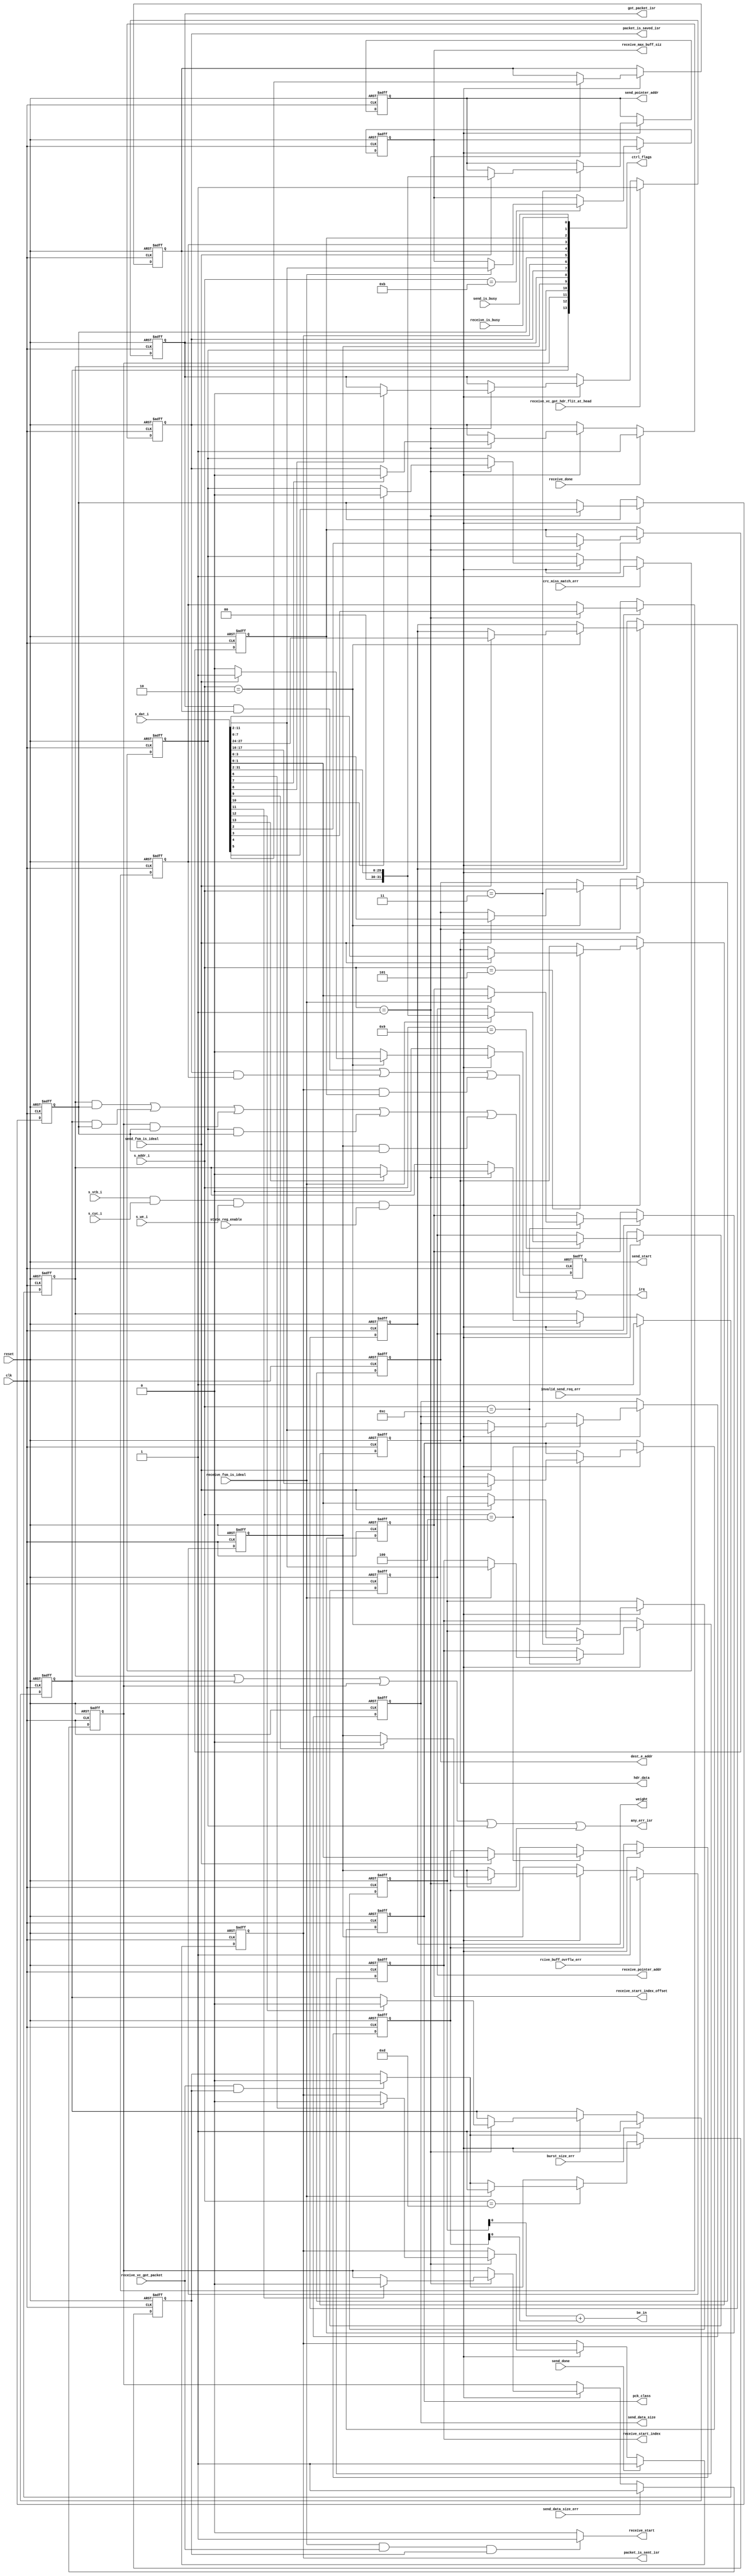
/**********************************************************************
**    
**	Copyright (C) 2014-2017  Alireza Monemi
**    
**	This file is part of ProNoC 
**
**	ProNoC ( stands for Prototype Network-on-chip)  is free software: 
**	you can redistribute it and/or modify it under the terms of the GNU
**	Lesser General Public License as published by the Free Software Foundation,
**	either version 2 of the License, or (at your option) any later version.
**
** 	ProNoC is distributed in the hope that it will be useful, but WITHOUT
** 	ANY WARRANTY; without even the implied warranty of MERCHANTABILITY
** 	or FITNESS FOR A PARTICULAR PURPOSE.  See the GNU Lesser General
** 	Public License for more details.
**
** 	You should have received a copy of the GNU Lesser General Public
** 	License along with ProNoC. If not, see <http:**www.gnu.org/licenses/>.
**
**
**	Description: 
**	NI internal register bank
**	
**
*******************************************************************/

// synthesis translate_off
`timescale 1ns / 1ps
// synthesis translate_on





 
module ni_vc_wb_slave_regs #(
    parameter MAX_TRANSACTION_WIDTH =10,      
    //NoC parameter
    parameter DEBUG_EN=1,
    parameter EAw=4,
    parameter C = 4,    //  number of flit class 
    parameter Fpay=32,
    parameter DSTPw=4,
    parameter WEIGHTw=4, 
    parameter BYTE_EN=0,
    parameter HDw = 8,  
    parameter CTRL_FLGw=14,
    //wishbones  bus  slave  port parameters
    parameter Dw            =   32,
    parameter S_Aw          =   4
 
 )( 
    state_reg_enable,
    send_fsm_is_ideal,
    receive_fsm_is_ideal,
    send_start,
    receive_start,
    receive_done,
    send_done,
    receive_vc_got_packet,
   
  
    send_pointer_addr, 
    be_in,
    receive_pointer_addr,
    receive_start_index,
    receive_start_index_offset,
    send_data_size,
    receive_max_buff_siz,    
    dest_e_addr,
    pck_class,
    weight,  
    hdr_data,
    
    burst_size_err,
    send_data_size_err,
    rcive_buff_ovrflw_err,
    crc_miss_match_err,
    invalid_send_req_err,  
    
    receive_vc_got_hdr_flit_at_head,
    receive_is_busy,
    send_is_busy,
    
    any_err_isr,
    got_packet_isr,
    packet_is_saved_isr,
    packet_is_sent_isr,
    
    irq,  
    ctrl_flags,
    
    s_dat_i,
    s_addr_i,  
    s_stb_i,
    s_cyc_i,
    s_we_i,
//synthesis translate_off
//synopsys  translate_off    
    current_e_addr,
//synopsys  translate_on 
//synthesis translate_on
     
    reset,
    clk  
 ); 
 
    function integer log2;
      input integer number; begin   
         log2=(number <=1) ? 1: 0;    
         while(2**log2<number) begin    
            log2=log2+1;    
         end       
      end   
    endfunction // log2  
    
 
    
  
  
/*
 s_dat_i : 
        [16:0] dest_e_addr,
        [23:16] class,
        [31:24] weight,   
*/
    localparam
        DST_X_LSB  =0,
        CLASS_LSB  =16,
        WEIGHT_LSB =24; 
        
            /*
                1  :   CTRL_FLAGS
                2  :   SEND_DEST_WB_ADDR           // The destination router address
                3  :   SEND_POINTER_WB_ADDR,       // The address of data to be sent in byte 
 Virtual        4  :   SEND_DATA_SIZE_WB_ADDR,     // The size of data to be sent in byte  
 chanel        5  :   SEND_HDR_DATA_WB_ADDR       //  The header data address
 number        
                8  :   RECEIVE_SRC_WB_ADDR       // The source router (the router which is sent this packet).
                9  :   RECEIVE_POINTER_WB_ADDR      // The address pointer of receiver memory in byte
                10 :   RECEIVE_DATA_SIZE_WB_ADDR // The size of received data in byte
                11 :   RECEIVE_MAX_BUFF_SIZ         // The receiver allocated buffer size in bytes. If the packet size is bigger than the buffer size the rest of it will be discarded
                12 :   RECEIVE_START_INDEX_WB_ADDR  // The received data is written on RECEIVE_POINTER_WB_ADDR + RECEIVE_START_INDEX_WB_ADDR. If the write address reach to the end of buffer pointer, it starts at the RECEIVE_POINTER_WB_ADDR.   
                13 :   RECEIVE_CTRL_WB_ADDR      // The NI receiver control register 
                14 :   RECEIVE_PRECAP_DATA_ADDR  // The address to the header flit 
        */
        
    localparam [S_Aw-1  :   0]
        CTRL_FLAGS =1,
        SEND_DEST_WB_ADDR =2,
        SEND_POINTER_WB_ADDR =3,       
        SEND_DATA_SIZE_WB_ADDR =4,  
        SEND_HDR_DATA_WB_ADDR = 5,   
            
        RECEIVE_POINTER_WB_ADDR=9,   
        RECEIVE_MAX_BUFF_SIZ=11,  
        RECEIVE_START_INDEX_WB_ADDR=12,
        RECEIVE_CTRL_WB_ADDR =13;  
       
      
   localparam
        WORLD_SIZE = Dw/8,
        OFFSETw= log2(WORLD_SIZE),        
        Cw =  (C>1)? log2(C): 1,
        BEw = (BYTE_EN)? log2(Fpay/8) : 1; 
       
        
 
    input clk,reset;    
    input state_reg_enable;
    input send_fsm_is_ideal,receive_fsm_is_ideal;
    input receive_vc_got_packet;
    input receive_done;
    input send_done;
    output  reg [Dw-1   :   0] send_pointer_addr; 
    output      [BEw-1 : 0 ] be_in;
   
    output  reg [Dw-1   :   0] receive_pointer_addr;
  
  
    output  [MAX_TRANSACTION_WIDTH-1    :   0] send_data_size;
    output  reg [MAX_TRANSACTION_WIDTH-1    :   0] receive_max_buff_siz;
    output  reg [MAX_TRANSACTION_WIDTH-1    :   0] receive_start_index; 
    output  reg [OFFSETw-1 : 0] receive_start_index_offset;
    output  reg [EAw-1   :   0]  dest_e_addr;
    output  reg [Cw-1   :   0]  pck_class;
    output  reg [WEIGHTw-1 :0]  weight; 
    output  reg send_start, receive_start;
    output  reg [HDw-1 : 0] hdr_data;
    
    input  burst_size_err,  send_data_size_err, rcive_buff_ovrflw_err,crc_miss_match_err,invalid_send_req_err;
    input  receive_vc_got_hdr_flit_at_head;
    input  receive_is_busy,    send_is_busy;
   
    output  any_err_isr ,got_packet_isr , packet_is_saved_isr, packet_is_sent_isr;
   
   
    output  irq;
    output [CTRL_FLGw-1:0] ctrl_flags;

//synthesis translate_off
//synopsys  translate_off    
    input   [EAw-1   :   0]  current_e_addr;
//synopsys  translate_on     
//synthesis translate_on
  
   
//wishbone slave interface signals
    input   [Dw-1       :   0]      s_dat_i;
    input   [S_Aw-1     :   0]      s_addr_i;  
    input                           s_stb_i;
    input                           s_cyc_i;
    input                           s_we_i;
    
    wire  any_err_isr_en ,got_packet_isr_en , packet_is_saved_isr_en, packet_is_sent_isr_en;    
        
    reg  [EAw-1   :   0]  dest_e_addr_next;
    reg  [Cw-1   :   0]  pck_class_next;
    reg  [WEIGHTw-1 : 0] weight_next; 
    reg  [Dw-1   :   0]  send_pointer_addr_next, receive_pointer_addr_next;
    reg  [OFFSETw-1 : 0] send_pointer_addr_byte_offset_next, send_pointer_addr_byte_offset; 
    reg  [OFFSETw-1 : 0] send_data_size_byte_offset_next,send_data_size_byte_offset,receive_start_index_offset_next;
    reg  [MAX_TRANSACTION_WIDTH-1    :   0]  send_data_size_reg,send_data_size_next, receive_max_buff_siz_next,receive_start_index_next;
    reg  send_start_next;
    reg  receive_en,receive_en_next;
  
    
    reg [HDw-1 : 0] hdr_data_next;
   
   
    wire [OFFSETw : 0] add_offsets;
    assign add_offsets =send_pointer_addr_byte_offset +  send_data_size_byte_offset;
    assign be_in = add_offsets [BEw-1 : 0];
   
    generate 
    if(BYTE_EN)begin
         wire [1:0] send_offset= (add_offsets==0)? 2'b00 : (add_offsets<=(1<<OFFSETw))? 2'b01 : 2'b10;    
          /* verilator lint_off WIDTH */ 
         assign send_data_size =  send_data_size_reg+ send_offset;
          /* verilator lint_on WIDTH */ 
    end else begin:nbe
        assign send_data_size = send_data_size_reg;    
    end
    endgenerate
    
    
     // update control registers   
    always @ (*) begin 
        //default values       
        receive_start = 1'b0;                
        if (receive_fsm_is_ideal & receive_vc_got_packet & receive_en ) begin 
            receive_start = 1'b1;
           
        end
    end
    
   
    
    wire  s_dat_invalid_send_req_err_isr,s_dat_burst_size_err_isr, s_dat_send_data_size_err_isr, s_dat_crc_miss_match_isr, s_dat_rcive_buff_ovrflw_err_isr,
          s_dat_got_packet_isr, s_dat_packet_is_saved_isr, s_dat_packet_is_sent_isr,s_dat_got_any_err_int_en,
          s_dat_got_packet_int_en, s_dat_packet_is_saved_int_en, s_dat_packet_is_sent_int_en; 
        
  
   reg    invalid_send_req_err_isr_next,burst_size_err_isr_next, send_data_size_err_isr_next, crc_miss_match_isr_next, rcive_buff_ovrflw_err_isr_next,
          got_packet_isr_next, packet_is_saved_isr_next, packet_is_sent_isr_next,
          got_any_err_int_en_next, got_packet_int_en_next, packet_is_saved_int_en_next, packet_is_sent_int_en_next; 
   
   reg    invalid_send_req_err_isr,burst_size_err_isr, send_data_size_err_isr, crc_miss_match_isr, rcive_buff_ovrflw_err_isr,
          got_packet_isr, packet_is_saved_isr, packet_is_sent_isr,got_any_err_int_en,
          got_packet_int_en, packet_is_saved_int_en, packet_is_sent_int_en; 
   
   
   assign {s_dat_invalid_send_req_err_isr,s_dat_burst_size_err_isr, s_dat_send_data_size_err_isr, s_dat_crc_miss_match_isr, s_dat_rcive_buff_ovrflw_err_isr,
          s_dat_got_packet_isr, s_dat_packet_is_saved_isr, s_dat_packet_is_sent_isr,s_dat_got_any_err_int_en,
          s_dat_got_packet_int_en, s_dat_packet_is_saved_int_en, s_dat_packet_is_sent_int_en}=s_dat_i[CTRL_FLGw-1:2];                 
    
   
    
   
   assign any_err_isr_en = (invalid_send_req_err_isr & got_any_err_int_en) |
        (burst_size_err_isr & got_any_err_int_en) |
        (send_data_size_err_isr & got_any_err_int_en) |
        (crc_miss_match_isr & got_any_err_int_en) |
        (rcive_buff_ovrflw_err_isr & got_any_err_int_en) ;
   
   assign any_err_isr = (invalid_send_req_err_isr  | burst_size_err_isr  | send_data_size_err_isr  | crc_miss_match_isr  | rcive_buff_ovrflw_err_isr ) ;
        
   assign got_packet_isr_en =     (got_packet_isr & got_packet_int_en);   
   assign packet_is_saved_isr_en =(packet_is_saved_isr & packet_is_saved_int_en);
   assign packet_is_sent_isr_en = (packet_is_sent_isr & packet_is_sent_int_en);   
   assign irq =  got_packet_isr_en | packet_is_saved_isr_en | packet_is_sent_isr_en | any_err_isr_en;
                 


   
   assign ctrl_flags = 
          {invalid_send_req_err_isr,burst_size_err_isr, send_data_size_err_isr, crc_miss_match_isr, rcive_buff_ovrflw_err_isr,
          got_packet_isr, packet_is_saved_isr, packet_is_sent_isr,got_any_err_int_en,
          got_packet_int_en, packet_is_saved_int_en, packet_is_sent_int_en,receive_is_busy, send_is_busy};      
    
    always @ (*) begin 
        //default values
        send_pointer_addr_next= send_pointer_addr;
        send_pointer_addr_byte_offset_next=send_pointer_addr_byte_offset;
        receive_pointer_addr_next=receive_pointer_addr;
        send_data_size_next= send_data_size_reg;
        send_data_size_byte_offset_next=send_data_size_byte_offset;
        dest_e_addr_next = dest_e_addr;                                         
        pck_class_next= pck_class;
        weight_next = weight;          
        send_start_next = 1'b0;
        receive_en_next = receive_en;
       
        receive_max_buff_siz_next = receive_max_buff_siz;
        receive_start_index_next=receive_start_index;
        receive_start_index_offset_next=receive_start_index_offset;
        hdr_data_next = hdr_data;
        
        //ctrl flags
        invalid_send_req_err_isr_next = invalid_send_req_err_isr;
        burst_size_err_isr_next = burst_size_err_isr; 
        send_data_size_err_isr_next = send_data_size_err_isr;
        crc_miss_match_isr_next =crc_miss_match_isr;
        rcive_buff_ovrflw_err_isr_next =rcive_buff_ovrflw_err_isr;
       
        got_packet_isr_next =got_packet_isr;
        packet_is_saved_isr_next = packet_is_saved_isr;
        packet_is_sent_isr_next = packet_is_sent_isr;
        got_any_err_int_en_next = got_any_err_int_en;
        got_packet_int_en_next = got_packet_int_en;
        packet_is_saved_int_en_next = packet_is_saved_int_en;
        packet_is_sent_int_en_next = packet_is_sent_int_en;
       
        
       
        if (receive_vc_got_packet & receive_en ) begin 
            receive_en_next = 1'b0;
        end
             
        
        
        if(s_stb_i  &   s_cyc_i &  s_we_i & state_reg_enable)   begin             
                case( s_addr_i)
                    CTRL_FLAGS:begin 
                        got_any_err_int_en_next = s_dat_got_any_err_int_en;
                        got_packet_int_en_next = s_dat_got_packet_int_en;
                        packet_is_saved_int_en_next = s_dat_packet_is_saved_int_en;
                        packet_is_sent_int_en_next = s_dat_packet_is_sent_int_en;
                        
                        //reset isr flag when writting 1 
                        if(s_dat_invalid_send_req_err_isr)  invalid_send_req_err_isr_next = 1'b0;
                        if(s_dat_burst_size_err_isr)        burst_size_err_isr_next = 1'b0;
                        if(s_dat_send_data_size_err_isr)    send_data_size_err_isr_next = 1'b0;
                        if(s_dat_crc_miss_match_isr)        crc_miss_match_isr_next = 1'b0;
                        if(s_dat_rcive_buff_ovrflw_err_isr) rcive_buff_ovrflw_err_isr_next = 1'b0;
                        if(s_dat_got_packet_isr)            got_packet_isr_next = 1'b0;
                        if(s_dat_packet_is_saved_isr)       packet_is_saved_isr_next = 1'b0;
                        if(s_dat_packet_is_sent_isr)        packet_is_sent_isr_next = 1'b0;
                           
                    
                    end//CTRL_FLAGS
                
                
                
                
                    SEND_POINTER_WB_ADDR: begin                    
                         if (send_fsm_is_ideal) begin 
                            send_pointer_addr_next={{OFFSETw{1'b0}},s_dat_i [Dw-1    : OFFSETw]};
                            send_pointer_addr_byte_offset_next = s_dat_i[OFFSETw-1: 0];
                         end                              
                         
                    end //SEND_POINTER_WB_ADDR
                    SEND_DATA_SIZE_WB_ADDR: begin 
                        if (send_fsm_is_ideal) begin 
                            send_data_size_next=s_dat_i [MAX_TRANSACTION_WIDTH + OFFSETw -1 :    OFFSETw];
                            send_data_size_byte_offset_next = s_dat_i[OFFSETw-1: 0];
                        end   
               
                    end //DATA_SIZE_WB_ADDR
                    SEND_DEST_WB_ADDR: begin 
                        if (send_fsm_is_ideal) begin 
                            dest_e_addr_next = s_dat_i [EAw+ DST_X_LSB-1    :    DST_X_LSB];   
                           
//synthesis translate_off
//synopsys  translate_off
			if(DEBUG_EN)begin
				if(s_dat_i [EAw+ DST_X_LSB-1    :    DST_X_LSB] == current_e_addr )begin
					$display("%t: err: source destination address are identical in: %m",$time);
				end
			end
//synopsys  translate_on 
//synthesis translate_on
                                       
                            pck_class_next= s_dat_i[CLASS_LSB+Cw-1      :  CLASS_LSB];
                            weight_next = s_dat_i[ WEIGHT_LSB+WEIGHTw-1 :  WEIGHT_LSB]; 
                            send_start_next = 1'b1;
                           end    
                             
                    end //SEND_DEST_WB_ADDR
                    
                    SEND_HDR_DATA_WB_ADDR: begin
                        if (send_fsm_is_ideal) hdr_data_next = s_dat_i [HDw-1 : 0];
                        
                    end
                    RECEIVE_MAX_BUFF_SIZ: begin 
                        if (receive_fsm_is_ideal) receive_max_buff_siz_next = s_dat_i [MAX_TRANSACTION_WIDTH+ OFFSETw -1 :    OFFSETw]; 
                    end                    
                    
                    RECEIVE_POINTER_WB_ADDR: begin 
                        if (receive_fsm_is_ideal) receive_pointer_addr_next= {{OFFSETw{1'b0}},s_dat_i [Dw-1 :   OFFSETw]};
                    end //RECEIVE_POINTER_WB_ADDR
                    
                    RECEIVE_START_INDEX_WB_ADDR:begin 
                        if (receive_fsm_is_ideal) begin 
                            receive_start_index_next= s_dat_i [MAX_TRANSACTION_WIDTH+ OFFSETw -1 :    OFFSETw];
                            receive_start_index_offset_next= s_dat_i [OFFSETw-1 : 0];
                        end                        
                    end
                    
                    
                    
                    RECEIVE_CTRL_WB_ADDR: begin
                        if (receive_fsm_is_ideal) begin 
                       	 	receive_en_next=1'b1;                         
                        end 
                    end                 
                    
                    default :begin 
                          
                    end                         
                 endcase//wb_receive_send_addr
            end//if
            
            //isr setting flags
            if(invalid_send_req_err) invalid_send_req_err_isr_next = 1'b1;
            if(burst_size_err)      burst_size_err_isr_next = 1'b1;
            if(send_data_size_err)  send_data_size_err_isr_next = 1'b1;
            if(crc_miss_match_err)  crc_miss_match_isr_next = 1'b1;
            if(rcive_buff_ovrflw_err) rcive_buff_ovrflw_err_isr_next = 1'b1;
            if(receive_vc_got_hdr_flit_at_head)            got_packet_isr_next = 1'b1;
            if(receive_done)       packet_is_saved_isr_next = 1'b1;
            if(send_done)        packet_is_sent_isr_next = 1'b1;
            
            
        
    end// always
    
       
    //synthesis translate_off
    //synopsys  translate_off    
    always @(posedge clk) begin 
        if(s_stb_i  &   s_cyc_i &  s_we_i & state_reg_enable & ~receive_fsm_is_ideal ) begin 
            case(s_addr_i)
            SEND_DEST_WB_ADDR, SEND_POINTER_WB_ADDR,       
            SEND_DATA_SIZE_WB_ADDR,SEND_HDR_DATA_WB_ADDR:
                if(~send_fsm_is_ideal) $display("%t: Warning: write on NI sent register %d was not accepted as fsm was not in ideal state. %m!",$time,s_addr_i);
            RECEIVE_POINTER_WB_ADDR,  RECEIVE_MAX_BUFF_SIZ,  
            RECEIVE_START_INDEX_WB_ADDR, RECEIVE_CTRL_WB_ADDR:  
                if(~receive_fsm_is_ideal) $display("%t: Warning: write on NI receive register %d was not accepted as fsm was not in ideal state. %m!",$time,s_addr_i);
            default : begin
            
            end            
            endcase    
        end       
    end
    //synopsys  translate_on     
    //synthesis translate_on
    
    
    
   
    localparam [WEIGHTw-1 : 0] INIT_WEIGHT = 1;
 
 
     //registers assigmnet    
`ifdef SYNC_RESET_MODE 
    always @ (posedge clk )begin 
`else 
    always @ (posedge clk or posedge reset)begin 
`endif   
        if(reset) begin        
            send_pointer_addr   <= {Dw{1'b0}};
            send_pointer_addr_byte_offset<={OFFSETw{1'b0}};
            receive_pointer_addr   <= {Dw{1'b0}};
            send_data_size_reg    <= {MAX_TRANSACTION_WIDTH{1'b0}};
            send_data_size_byte_offset<={OFFSETw{1'b0}};
            receive_max_buff_siz <= {MAX_TRANSACTION_WIDTH{1'b0}}; 
            receive_start_index <= {MAX_TRANSACTION_WIDTH{1'b0}};
            receive_start_index_offset<={OFFSETw{1'b0}};
            dest_e_addr     <= {EAw{1'b0}};                                        
            pck_class  <= {Cw{1'b0}};
            weight <= INIT_WEIGHT;
            receive_en <= 1'b0;
           
            
            send_start <=1'b0;
            hdr_data <= {HDw{1'b0}}; 
          
            //ctrl flags
            invalid_send_req_err_isr<=1'b0;
            burst_size_err_isr<=1'b0;
            send_data_size_err_isr<=1'b0;
            crc_miss_match_isr<=1'b0;
            rcive_buff_ovrflw_err_isr<=1'b0;
            got_packet_isr<=1'b0;
            packet_is_saved_isr<=1'b0;
            packet_is_sent_isr<=1'b0;
            got_any_err_int_en<=1'b0;
            got_packet_int_en<=1'b0;
            packet_is_saved_int_en<=1'b0;
            packet_is_sent_int_en<=1'b0;
            
            
        end else begin 
            send_pointer_addr <= send_pointer_addr_next;
            send_pointer_addr_byte_offset<=send_pointer_addr_byte_offset_next;
            receive_pointer_addr <= receive_pointer_addr_next;
            send_data_size_reg <= send_data_size_next; 
            send_data_size_byte_offset <= send_data_size_byte_offset_next;            
            receive_max_buff_siz <= receive_max_buff_siz_next;
            dest_e_addr     <= dest_e_addr_next;   
            receive_start_index<=receive_start_index_next; 
            receive_start_index_offset<=receive_start_index_offset_next;
            pck_class  <= pck_class_next;
            weight <= weight_next;
            receive_en <=receive_en_next;
           
            send_start <= send_start_next;
            hdr_data <= hdr_data_next;
            
            //ctrl_flags
            invalid_send_req_err_isr        <=invalid_send_req_err_isr_next;
            burst_size_err_isr              <=burst_size_err_isr_next;
            send_data_size_err_isr          <=send_data_size_err_isr_next;
            crc_miss_match_isr              <=crc_miss_match_isr_next;
            rcive_buff_ovrflw_err_isr       <=rcive_buff_ovrflw_err_isr_next;
            got_packet_isr                  <=got_packet_isr_next;
            packet_is_saved_isr             <=packet_is_saved_isr_next;
            packet_is_sent_isr              <=packet_is_sent_isr_next;
            got_any_err_int_en              <=got_any_err_int_en_next;
            got_packet_int_en               <=got_packet_int_en_next;
            packet_is_saved_int_en          <=packet_is_saved_int_en_next;
            packet_is_sent_int_en           <=packet_is_sent_int_en_next;
            
        end 
    end 
  
 endmodule